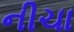
નીચા